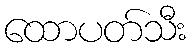
ထောပတ်သီး